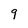
Character: g